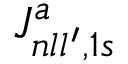
{ \cal J } _ { n l l ^ { \prime } , 1 s } ^ { a }